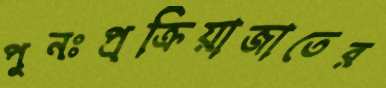
পুনঃপ্রক্রিয়াজাতের